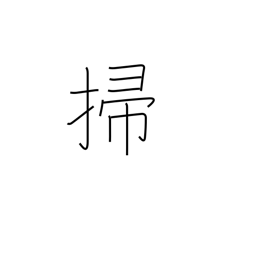
Meaning: sweep